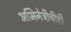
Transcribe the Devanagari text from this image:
अभिनेत्रीचीही